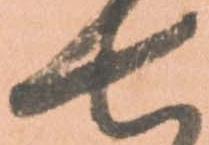
七